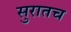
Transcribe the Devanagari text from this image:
सुरातच